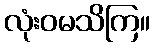
လုံးဝမသိကြ။